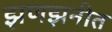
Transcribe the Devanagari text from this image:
झणझनीत